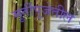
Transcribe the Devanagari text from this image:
मूर्तीपूजेतील